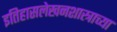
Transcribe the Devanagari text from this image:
इतिहासलेखनशास्त्राच्या